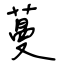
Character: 蔓